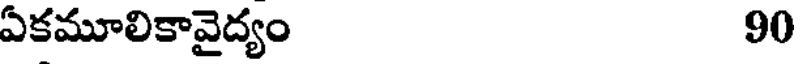
ఏకమూలికావైద్యం 90